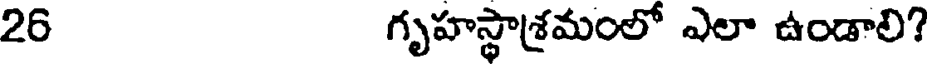
26 గృహస్థాశ్రమంలో ఎలా ఉండాలి?